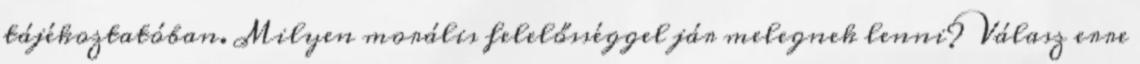
tájékoztatóban. Milyen morális felelősséggel jár melegnek lenni? Válasz erre